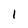
Character: 1